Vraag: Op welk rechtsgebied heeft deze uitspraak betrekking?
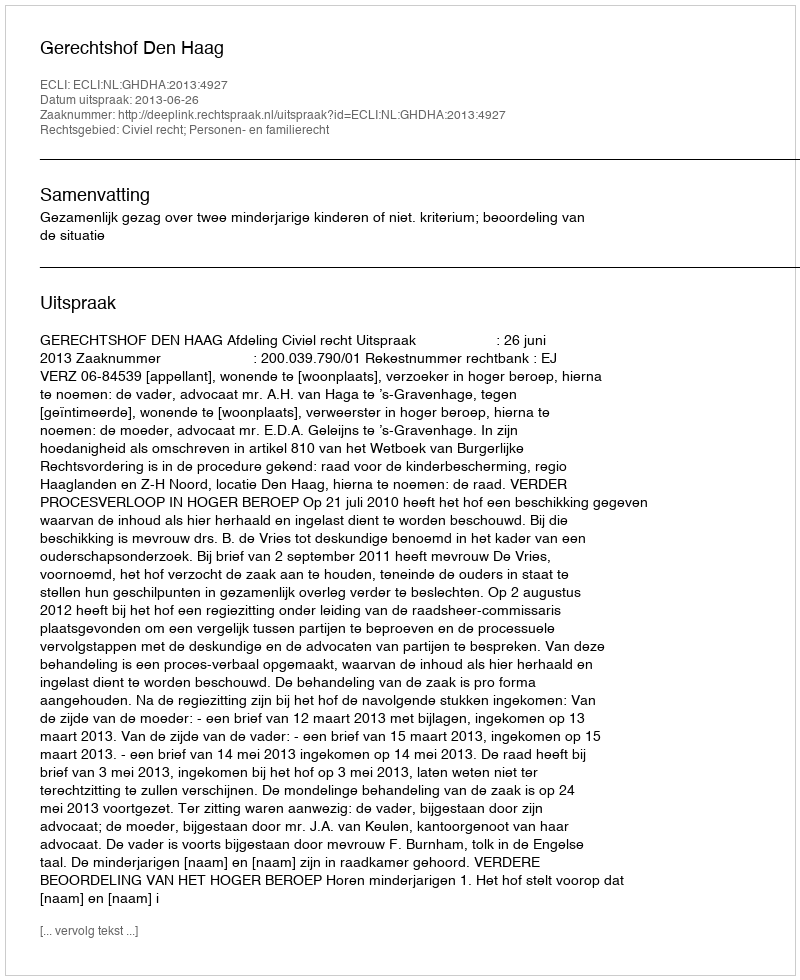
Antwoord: Civiel recht; Personen- en familierecht